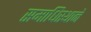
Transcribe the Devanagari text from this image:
समाधिस्थाने